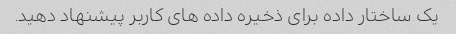
یک ساختار داده برای ذخیره داده های کاربر پیشنهاد دهید.